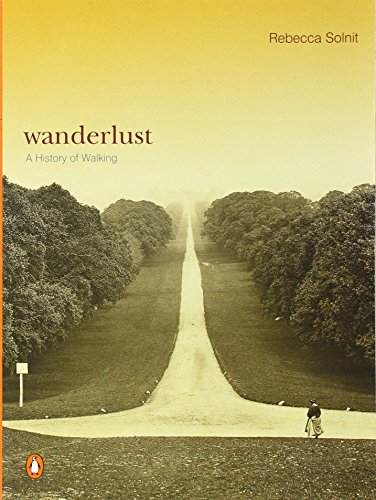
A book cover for Wanderlust: A History of Walking; Rebecca Solnit; Health, Fitness & Dieting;